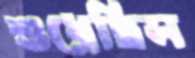
শুধ্‌রেছিস